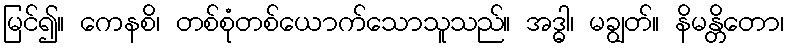
မြင်၍။ ကေနစိ၊ တစ်စုံတစ်ယောက်သောသူသည်။ အဒ္ဓါ၊ မချွတ်။ နိမန္တိတော၊